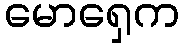
မောရှေက